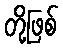
တို့ဖြစ်